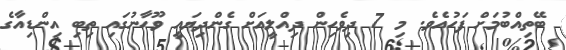
ބޭތިއްބުމަށް ފަހުއެވެ. މި 7 ދިވެހިން ދިއްލީއަށް ގެންދިޔައީ ވޫހާނުގައި ތިބި އިންޑިއާގެ